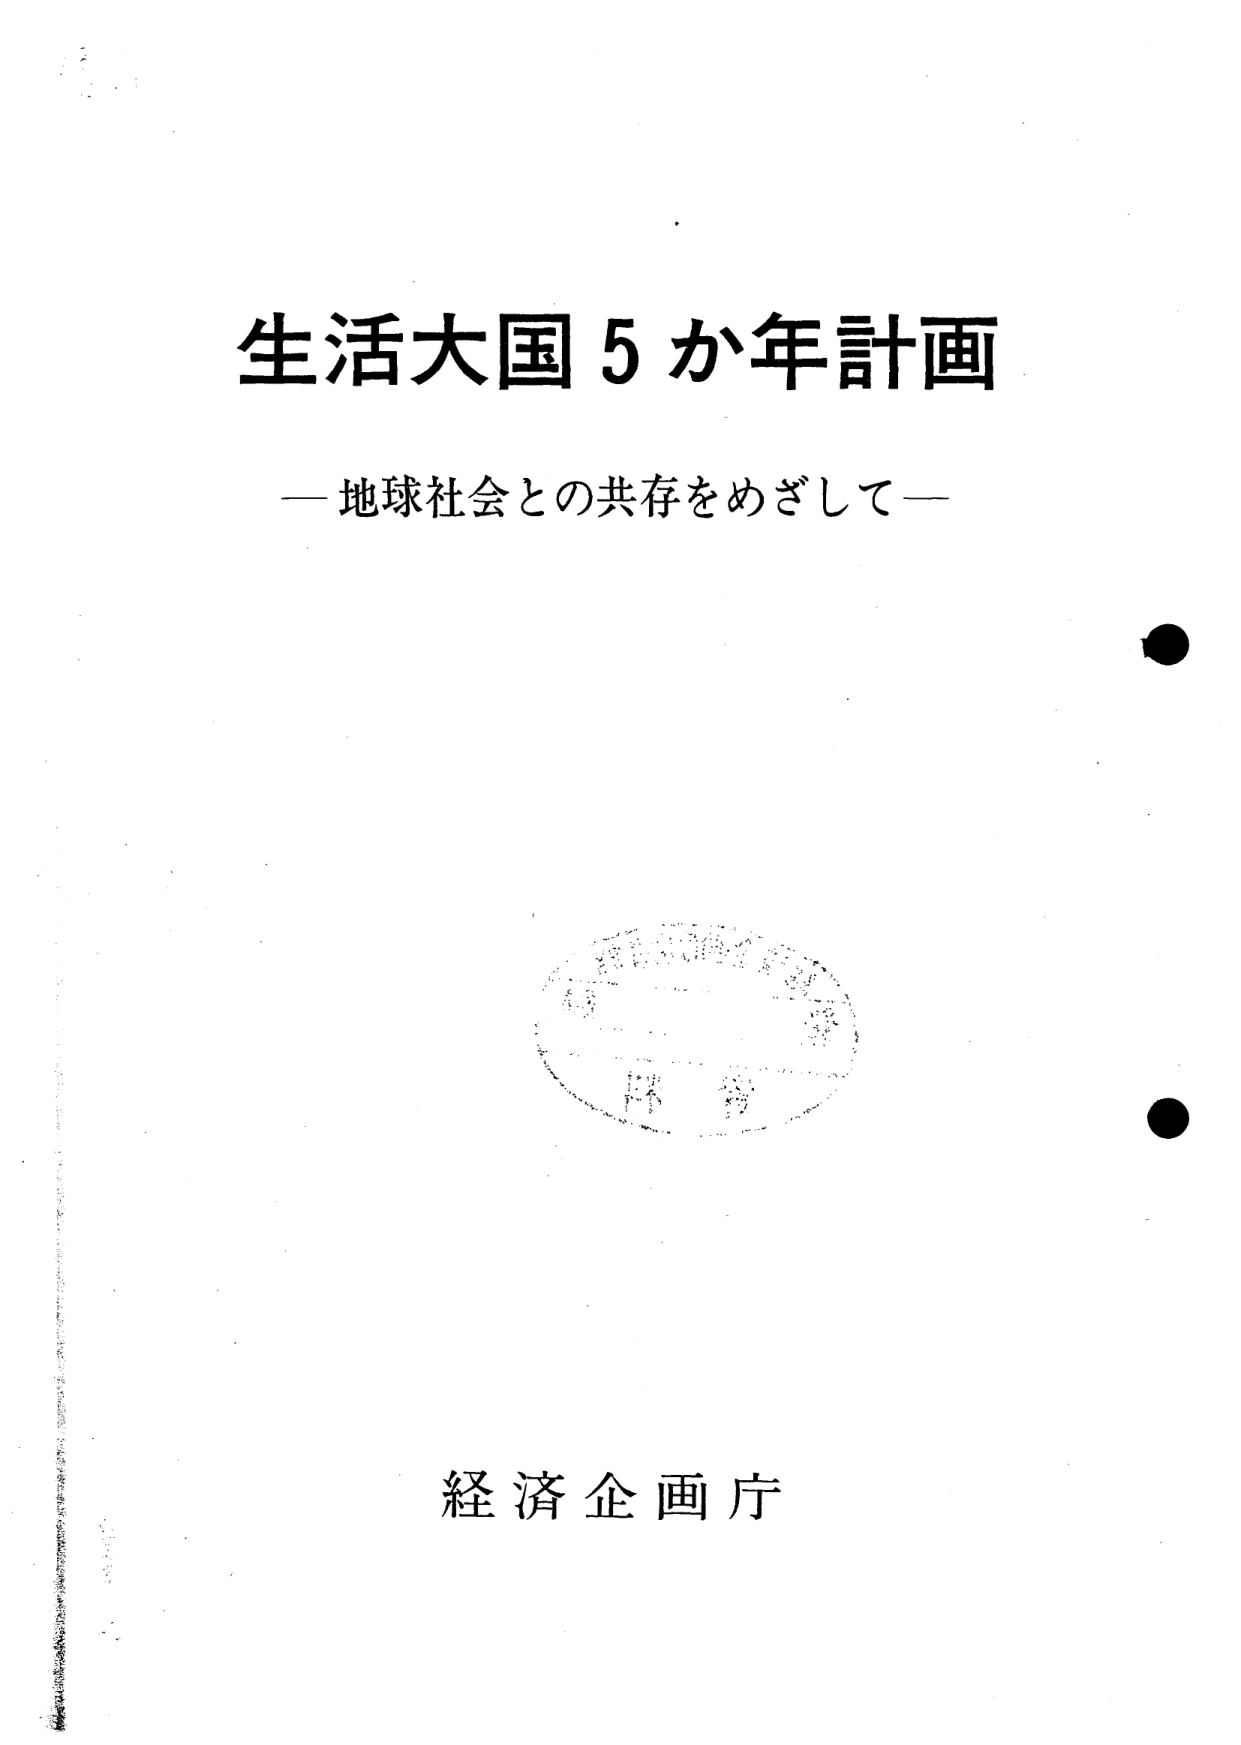
生活大国５か年計画
—地球社会との共存をめざして—

経済企画庁